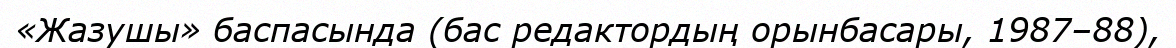
«Жазушы» баспасында (бас редактордың орынбасары, 1987–88),